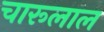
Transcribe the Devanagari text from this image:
चारूलाल